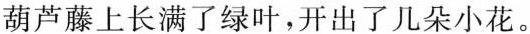
葫芦藤上长满了绿叶，开出了几朵小花。